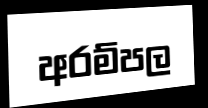
අරම්පල